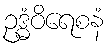
ဥဒ္ဓံဝိရေစနံ